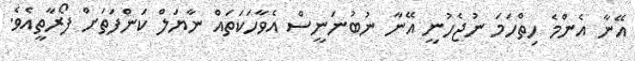
އޭނާ އެންމެ ހިތްހަމަ ނުޖެހުނީ އޭނާ ނުބުނަނީސް އެވާހަކަތައް ނާޔަލް ކަންފަތަށް ފޯރާތީއެވެ.